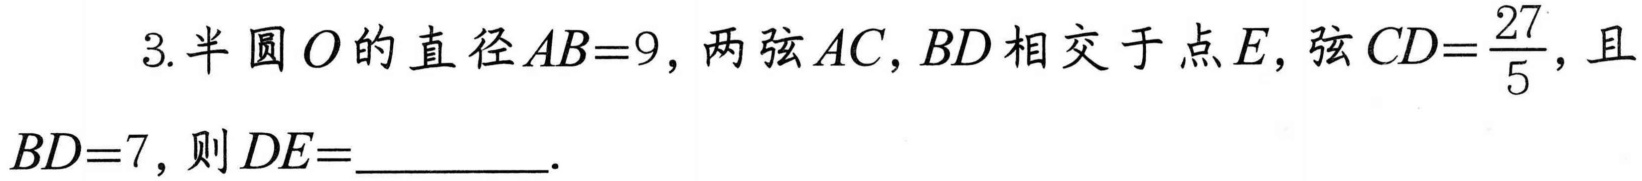
3. 半圆\(O\)的直径\(AB = 9\)，两弦\(AC,BD\)相交于点\(E\)，弦\(CD=\frac{27}{5}\)，且\(BD = 7\)，则\(DE=\underline{\qquad}\).